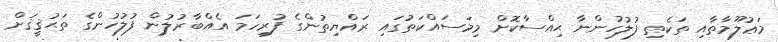
މަޢުލޫމާތާއި ތަކެތި ފުލުހުންނާ ޙިއްސާކޮށް މިމަސައްކަތުގައި ރައްޔިތުންގެ ފުރިހަމަ އެއްބާރުލުން ފުލުހުންގެ ތަޙުޤީޤަށް